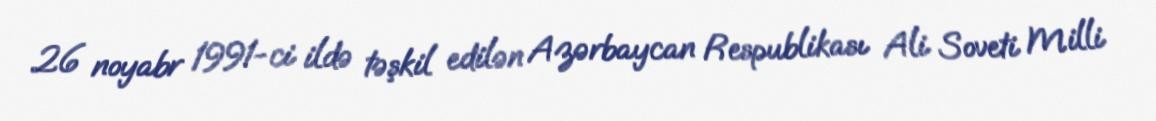
26 noyabr 1991-ci ildə təşkil edilən Azərbaycan Respublikası Ali Soveti Milli